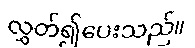
လွှတ်၍ပေးသည်။